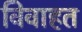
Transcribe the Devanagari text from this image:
विवाहत